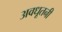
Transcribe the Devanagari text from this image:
अवधूतनी